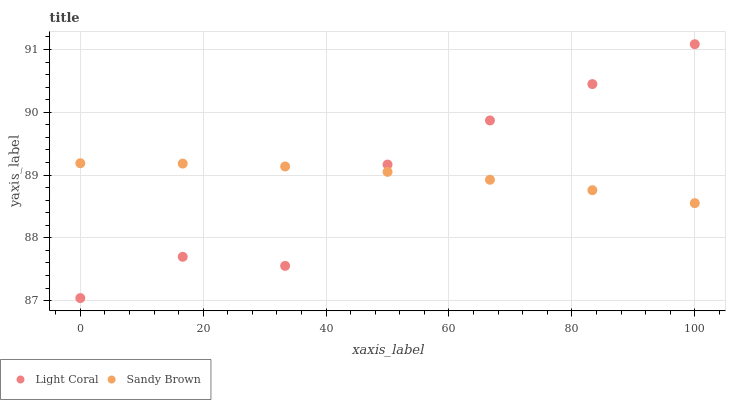
| xaxis_label | Light Coral | Sandy Brown |
 | --- | --- | --- |
 | 0 | 87 | 89.2 |
 | 16.7 | 87.7 | 89.2 |
 | 33.3 | 87.6 | 89.1 |
 | 50 | 89.2 | 89.1 |
 | 66.7 | 89.9 | 88.9 |
 | 83.3 | 90.4 | 88.8 |
 | 100 | 91.1 | 88.6 |